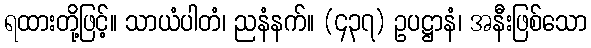
ရထားတို့ဖြင့်။ သာယံပါတံ၊ ညနံနက်။ (၄၃၇) ဥပဋ္ဌာနံ၊ အနီးဖြစ်သော